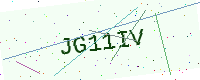
Text: JG11IV